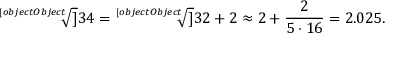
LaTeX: { \sqrt [ [object Object] ] { 3 4 } } = { \sqrt [ [object Object] ] { 3 2 + 2 } } \approx 2 + { \frac { 2 } { 5 \cdot 1 6 } } = 2 . 0 2 5 .